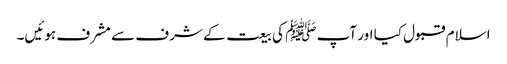
اسلام قبول کیا اور آپ ﷺ کی بیعت کے شرف سے مشرف ہوئیں۔